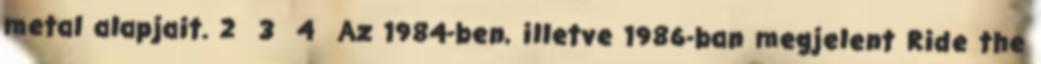
metal alapjait. 2 3 4 Az 1984-ben, illetve 1986-ban megjelent Ride the